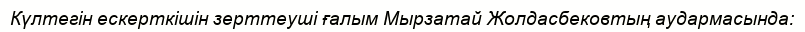
Күлтегін ескерткішін зерттеуші ғалым Мырзатай Жолдасбековтың аудармасында: